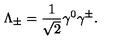
\Lambda _ { \pm } = \frac { 1 } { \sqrt { 2 } } \gamma ^ { 0 } \gamma ^ { \pm } .